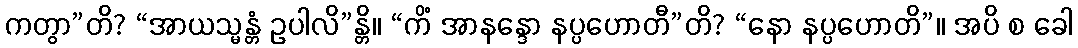
ကတွာ”တိ? “အာယသ္မန္တံ ဥပါလိ”န္တိ။ “ကိံ အာနန္ဒော နပ္ပဟောတီ”တိ? “နော နပ္ပဟောတိ”။ အပိ စ ခေါ